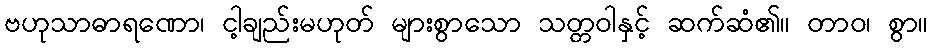
ဗဟုသာဓာရဏော၊ ငါ့ချည်းမဟုတ် များစွာသော သတ္တဝါနှင့် ဆက်ဆံ၏။ တာဝ၊ စွာ။